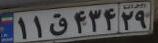
۱۱ق۴۳۴۲۹